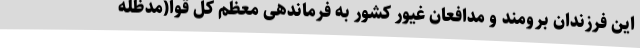
این فرزندان برومند و مدافعان غیور کشور به فرماندهی معظم کل قوا(مدظله